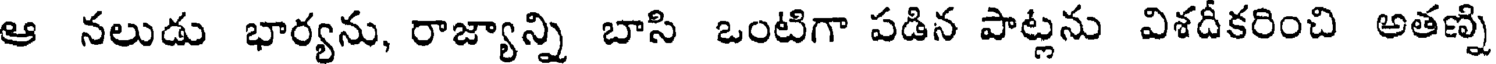
ఆ నలుడు భార్యను, రాజ్యాన్ని బాసి ఒంటిగా పడిన పాట్లను విశదీకరించి అతణ్ని